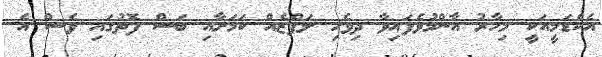
އެކެޑަމީއަކީ މިހާރު އާންމުވެފައިވާ ދިވެހި ލަފްޒެއް ކަމަށާއި ބަސް ފޮތުގައި ވެސް އެ